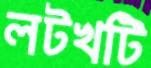
লটখটি